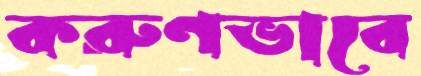
করুণভাবে